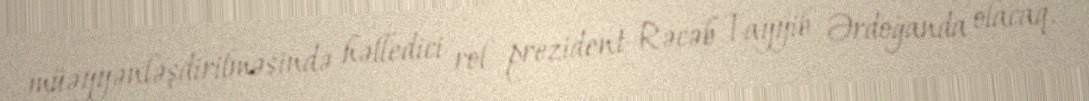
müəyyənləşdirilməsində həlledici rol prezident Rəcəb Tayyib Ərdoğanda olacaq.